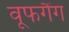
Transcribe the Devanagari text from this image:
वूफगैंग